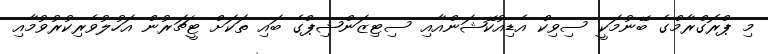
މި ޕްރޮގްރާމްގެ ބޭނުމަކީ ސިވިކް އެޑިއުކޭޝަންއާއި ސިޓިޒަންޝިޕްގެ ބައި ތަކަށް ޓީޗަރުން އަހުލުވެރިކުރުވުމާއި